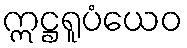
ဣဋ္ဌရူပံယေဝ